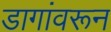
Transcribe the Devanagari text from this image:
डागांवरून